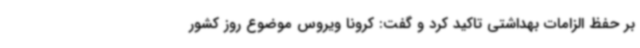
بر حفظ الزامات بهداشتی تاکید کرد و گفت: کرونا ویروس موضوع روز کشور